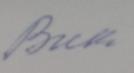
Signature authenticity: forged